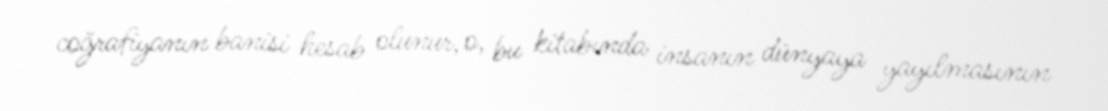
coğrafiyanın banisi hesab olunur, o, bu kitabında insanın dünyaya yayılmasının